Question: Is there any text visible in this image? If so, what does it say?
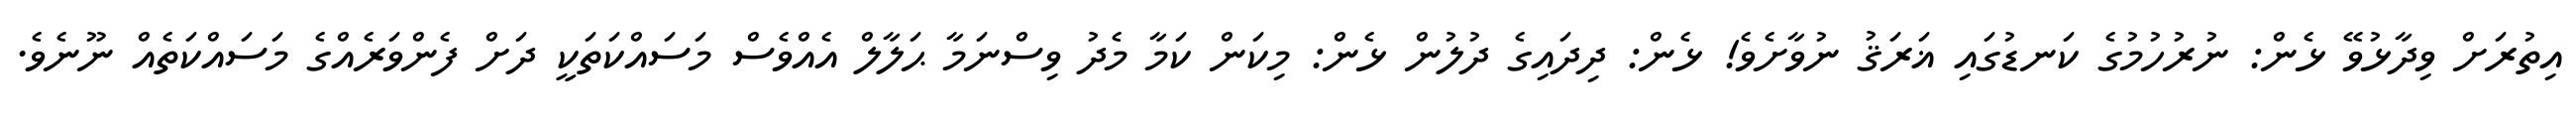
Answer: އިތުރަށް ވިދާޅުވޭ ޅެން: ނުރުހުމުގެ ކަނޑުގައި ޣަރަޤު ނުވާށެވެ! ޅެން: ދިދައިގެ ދުލުން ޅެން: މިކަން ކަމާ މެދު ވިސްނަމާ ޙަލާލް އެއްވެސް މަސައްކަތަކީ ދަށް ފެންވަރެއްގެ މަސައްކަތެއް ނޫނެވެ.